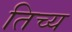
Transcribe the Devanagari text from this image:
तिच्य